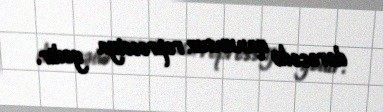
dərəcədə qanunsuz repressiya gedir.